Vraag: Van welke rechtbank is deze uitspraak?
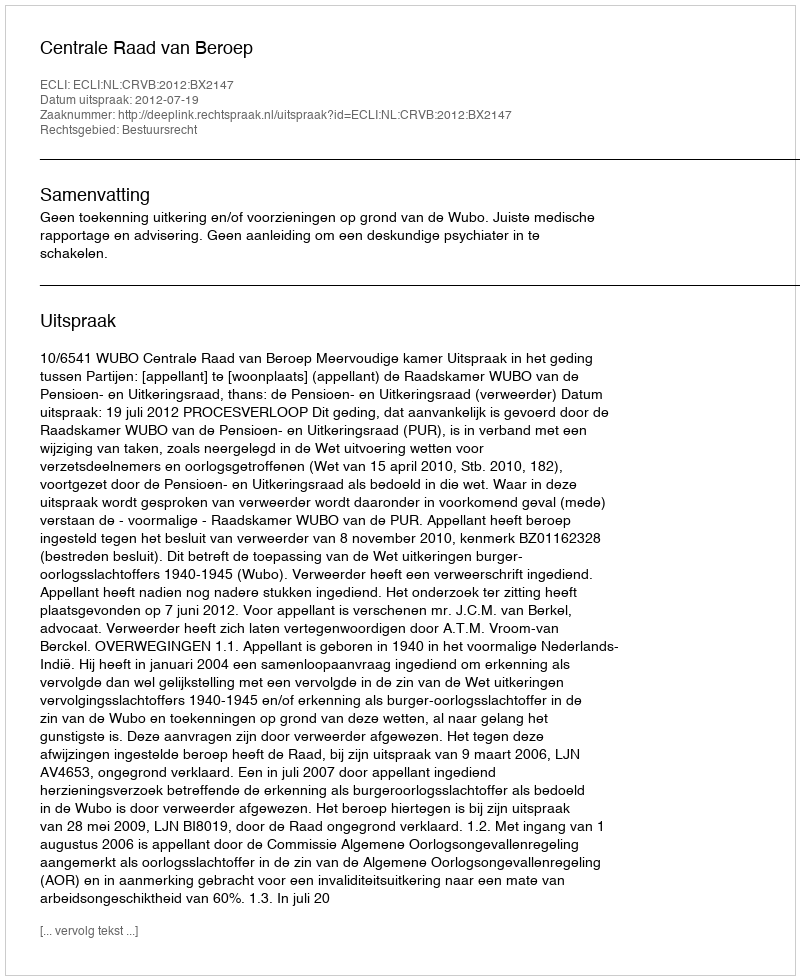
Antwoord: Centrale Raad van Beroep